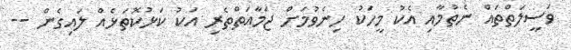
ވަސީލަތްތައް ނެތުމާއި އެކު މީހަކު ހިނެވުމަށް ޖަމާއަތްތެރި އަކު ކަޅުކޮތަޅެއް ލައިގެން --